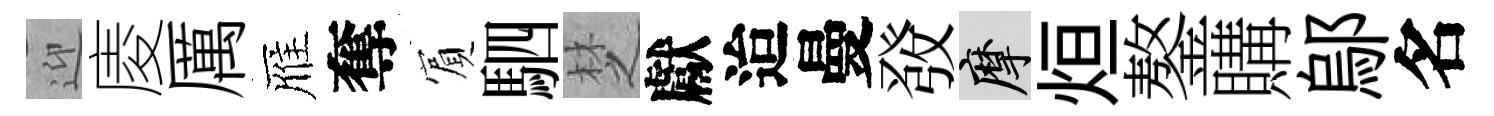
迎庱厲雁奪賔駟椘獻迨曼𤼲摩烜鏊購鄔名